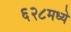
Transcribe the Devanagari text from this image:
६२८मध्ये